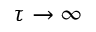
\tau \to \infty